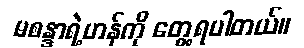
မစန္ဒာရဲ့ဟန်ကို တွေ့ရပါတယ်။